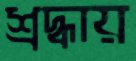
শ্রদ্ধায়